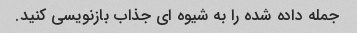
جمله داده شده را به شیوه ای جذاب بازنویسی کنید.